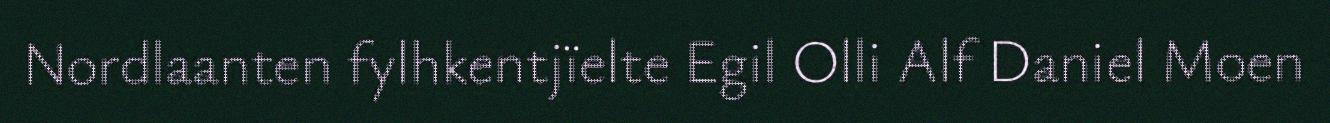
Nordlaanten fylhkentjïelte Egil Olli Alf Daniel Moen